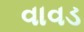
વાવડ